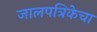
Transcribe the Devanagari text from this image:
जालपत्रिकेचा